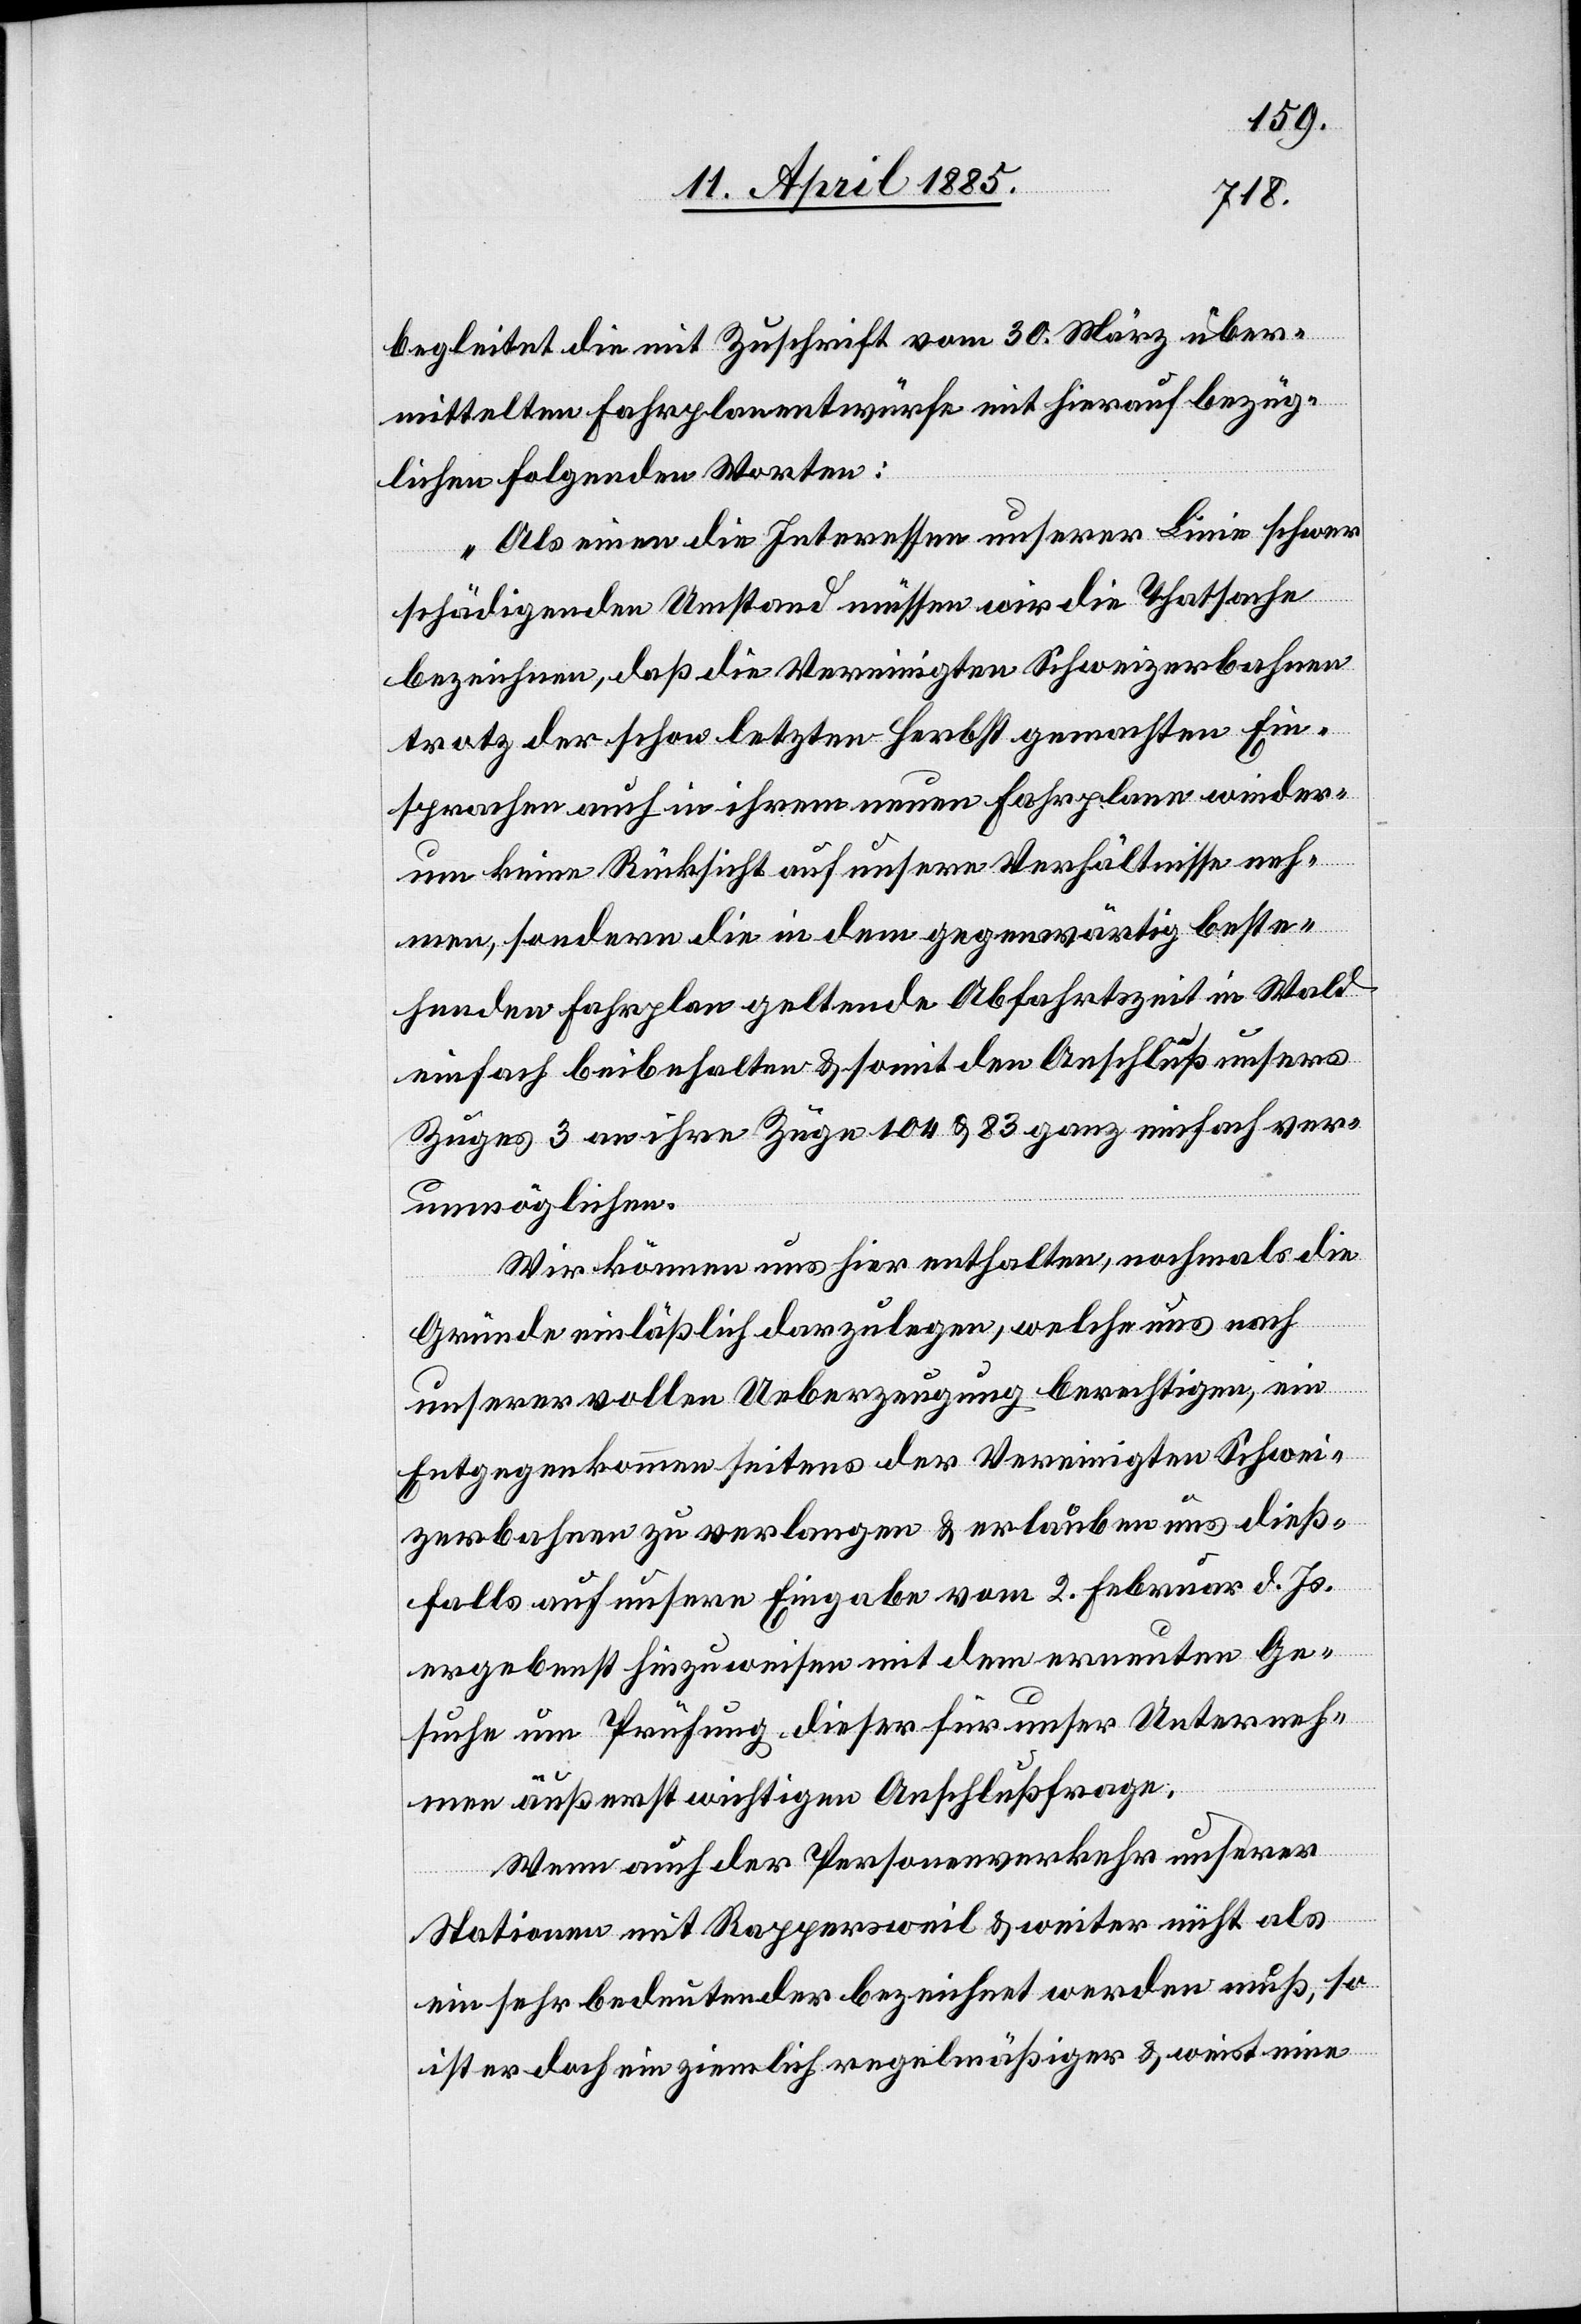
begleitet die mit Zuschrift vom 30. März über¬
mittelten Fahrplanentwürfe mit hierauf bezüg¬
lichen folgenden Worten:
„Als einen die Interessen unserer Linie schwer
schädigenden Umstand müssen wir die Thatsache
bezeichnen, daß die Vereinigten Schweizerbahnen
trotz der schon letzten Herbst gemachten Ein¬
sprachen auch in ihrem neuen Fahrplane wieder¬
um keine Rücksicht auf unsere Verhältnisse neh¬
men, sondern die in dem gegenwärtig beste¬
henden Fahrplan geltende Abfahrtszeit in Wald
einfach beibehalten & somit den Anschluß unsers
Zuges 3 an ihre Züge 104 & 83 ganz einfach ver¬
unmöglichen.
Wir können uns hier enthalten, nochmals die
Gründe einläßlich darzulegen, welche uns nach
unserer vollen Ueberzeugung berechtigen, ein
Entgegenkommen seitens der Vereinigten Schwei¬
zerbahnen zu verlangen & erlauben uns dieß¬
falls auf unsere Eingabe vom 2. Februar d. Js.
ergebenst hinzuweisen mit dem erneuten Ge¬
suche um Prüfung dieser für unser Unterneh¬
men äußerst wichtigen Anschlußfrage.
Wenn auch der Personenverkehr unserer
Stationen mit Rappersweil & weiter nicht als
ein sehr bedeutender bezeichnet werden muß, so
ist er doch ein ziemlich regelmäßiger & weist eine